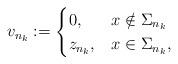
LaTeX: \begin{align*} v_{n_k} := \begin{cases} 0, & x \notin \Sigma_{n_k} \\ z_{n_k}, & x \in \Sigma_{n_k}, \end{cases} \end{align*}